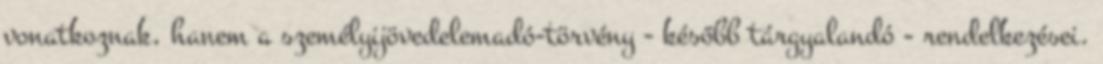
vonatkoznak, hanem a személyijövedelemadó-törvény - később tárgyalandó - rendelkezései.